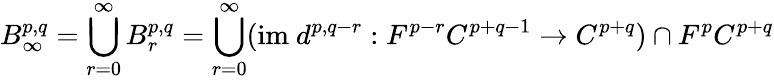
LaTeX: B_{\infty}^{p,q}=\bigcup_{r=0}^{\infty}B_{r}^{p,q}=\bigcup_{r=0}^{\infty}({\mathrm{im~}}d^{p,q-r}:F^{p-r}C^{p+q-1}\rightarrow C^{p+q})\cap F^{p}C^{p+q}